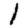
Digit: 1